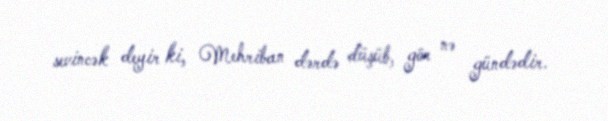
sevincək deyir ki, Mehriban dərdə düşüb, gör nə gündədir.